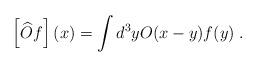
LaTeX: \begin{align*}\left[ \widehat{O}f\right] (x)=\int d^{3}yO(x-y)f(y)\;. \end{align*}